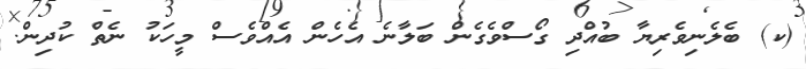
(ކ) ބެލެނިވެރިޔާ ބުއްދި ގޯސްވެގެން ބަލާނެ އެހެން އެއްވެސް މީހަކު ނެތް ކުދިން.